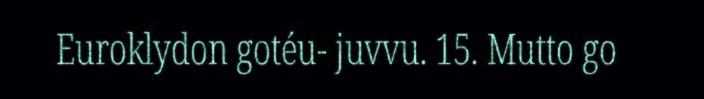
Euroklydon gotéu- juvvu. 15. Mutto go